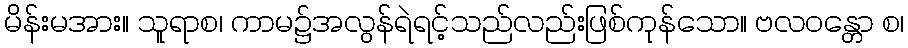
မိန်းမအား။ သူရာစ၊ ကာမ၌အလွန်ရဲရင့်သည်လည်းဖြစ်ကုန်သော။ ဗလဝန္တော စ၊